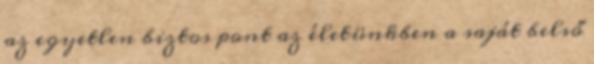
az egyetlen biztos pont az életünkben a saját belső